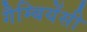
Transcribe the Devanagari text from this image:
गैम्बियेंसी